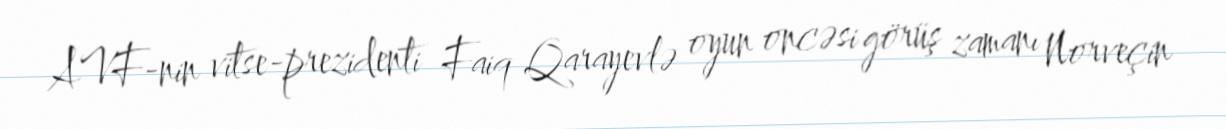
AVF-nin vitse-prezidenti Faiq Qarayevlə oyun oncəsi görüş zamanı Norveçin